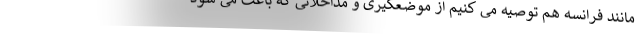
مانند فرانسه هم توصیه می کنیم از موضعگیری و مداخلاتی که باعث می شود